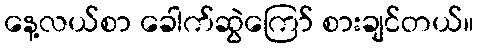
နေ့လယ်စာ ခေါက်ဆွဲကြော် စားချင်တယ်။